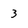
Character: 3